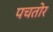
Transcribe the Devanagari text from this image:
पचतोर